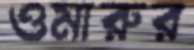
ওমারুর